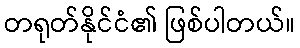
တရုတ်နိုင်ငံ၏ ဖြစ်ပါတယ်။